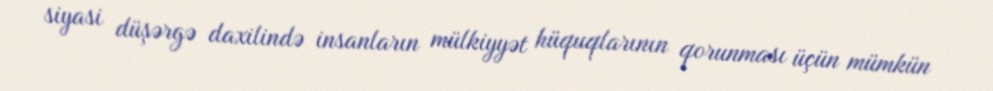
siyasi düşərgə daxilində insanların mülkiyyət hüquqlarının qorunması üçün mümkün